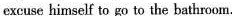
excuse himself to go to the bathroom.